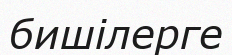
бишілерге